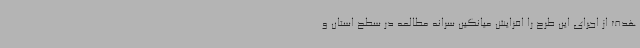
هدف از اجرای این طرح را افزایش میانگین سرانه مطالعه در سطح استان و